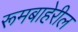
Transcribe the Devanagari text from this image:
रूमबाहेरील